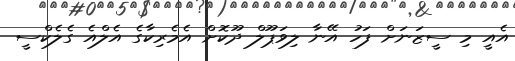
އެއީ މި ސީޒަނަށް ފަހު އޭނާ ލިވަޕޫލް ދޫކޮށް އެމެރިކާގެ އެލްއެ ގެލެކްސީ